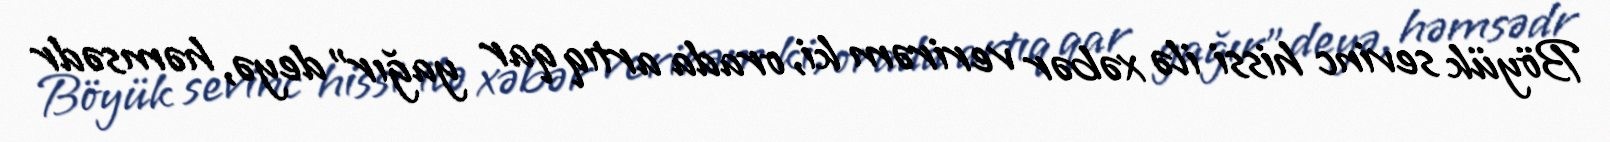
Böyük sevinc hissi ilə xəbər verirəm ki, orada artıq qar yağır” deyə, həmsədr